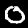
Digit: 0